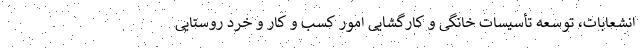
انشعابات، توسعه تأسیسات خانگی و کارگشایی امور کسب و کار و خرد روستایی